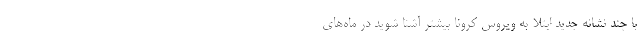
با چند نشانه جدید ابتلا به ویروس کرونا بیشتر آشنا شوید در ماه‌های